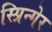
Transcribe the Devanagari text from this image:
स्प्रिन्गेर